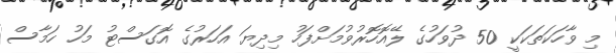
މި ވާހަކަތަކަކީ 50 ދުވަހުގެ ލޭއޮހޮރުވުމަށްފަހު މިދިޔަ އަހަރުގެ އޮގަސްޓު މަހު ހަމާސް